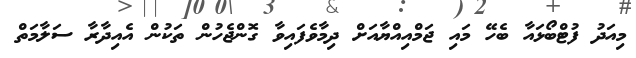
މިއަދު ފުޓްބޯޅައާ ބެހޭ މައި ޖަމްއިއްޔާއަށް ދިމާވެފައިވާ ގޮންޖެހުން ތަކުން އެއިދާރާ ސަލާމަތް